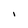
Character: i